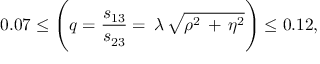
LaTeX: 0 . 0 7 \leq { \Biggl ( { q = { \frac { s _ { 1 3 } } { s _ { 2 3 } } } } = \, \lambda \, \sqrt { \rho ^ { 2 } \, + \, \eta ^ { 2 } } \Biggr ) } \leq 0 . 1 2 ,